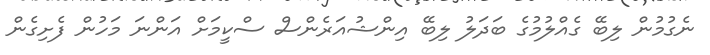
ނެގުމުން ލިބޭ ގެއްލުމުގެ ބަދަލު ލިބޭ އިންޝުއަރެންސް ސްކީމަށް އަންނަ މަހުން ފެށިގެން